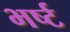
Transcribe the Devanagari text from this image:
भर्ष्ट